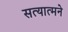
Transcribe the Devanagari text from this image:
सत्यात्मने